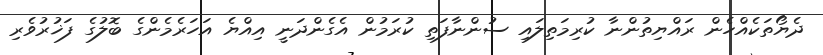
ދެޔޯތަކެއްހެން ރައްޔިތުންނާ ކުރިމަތިލައި ސުންނާފަތި ކުރަމުން އެގެންދަނީ އިއްޔެ އަހަރެމެންގެ ބޮލުގެ ފަޚުރުވެރި